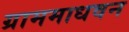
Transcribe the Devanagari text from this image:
ग्राममाधवन